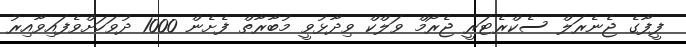
ފީފާގެ ޖެނެރަލް ސެކްރެޓަރީ ޖެރޯމް ވަލްކް ވިދާޅުވީ މުބާރާތް ފެށެން 1000 ދުވަހަށްވެފައިވާއިރު